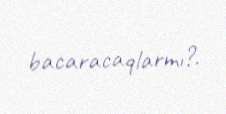
bacaracaqlarmı?.